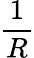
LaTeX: \frac{1}{R}